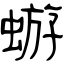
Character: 蝣